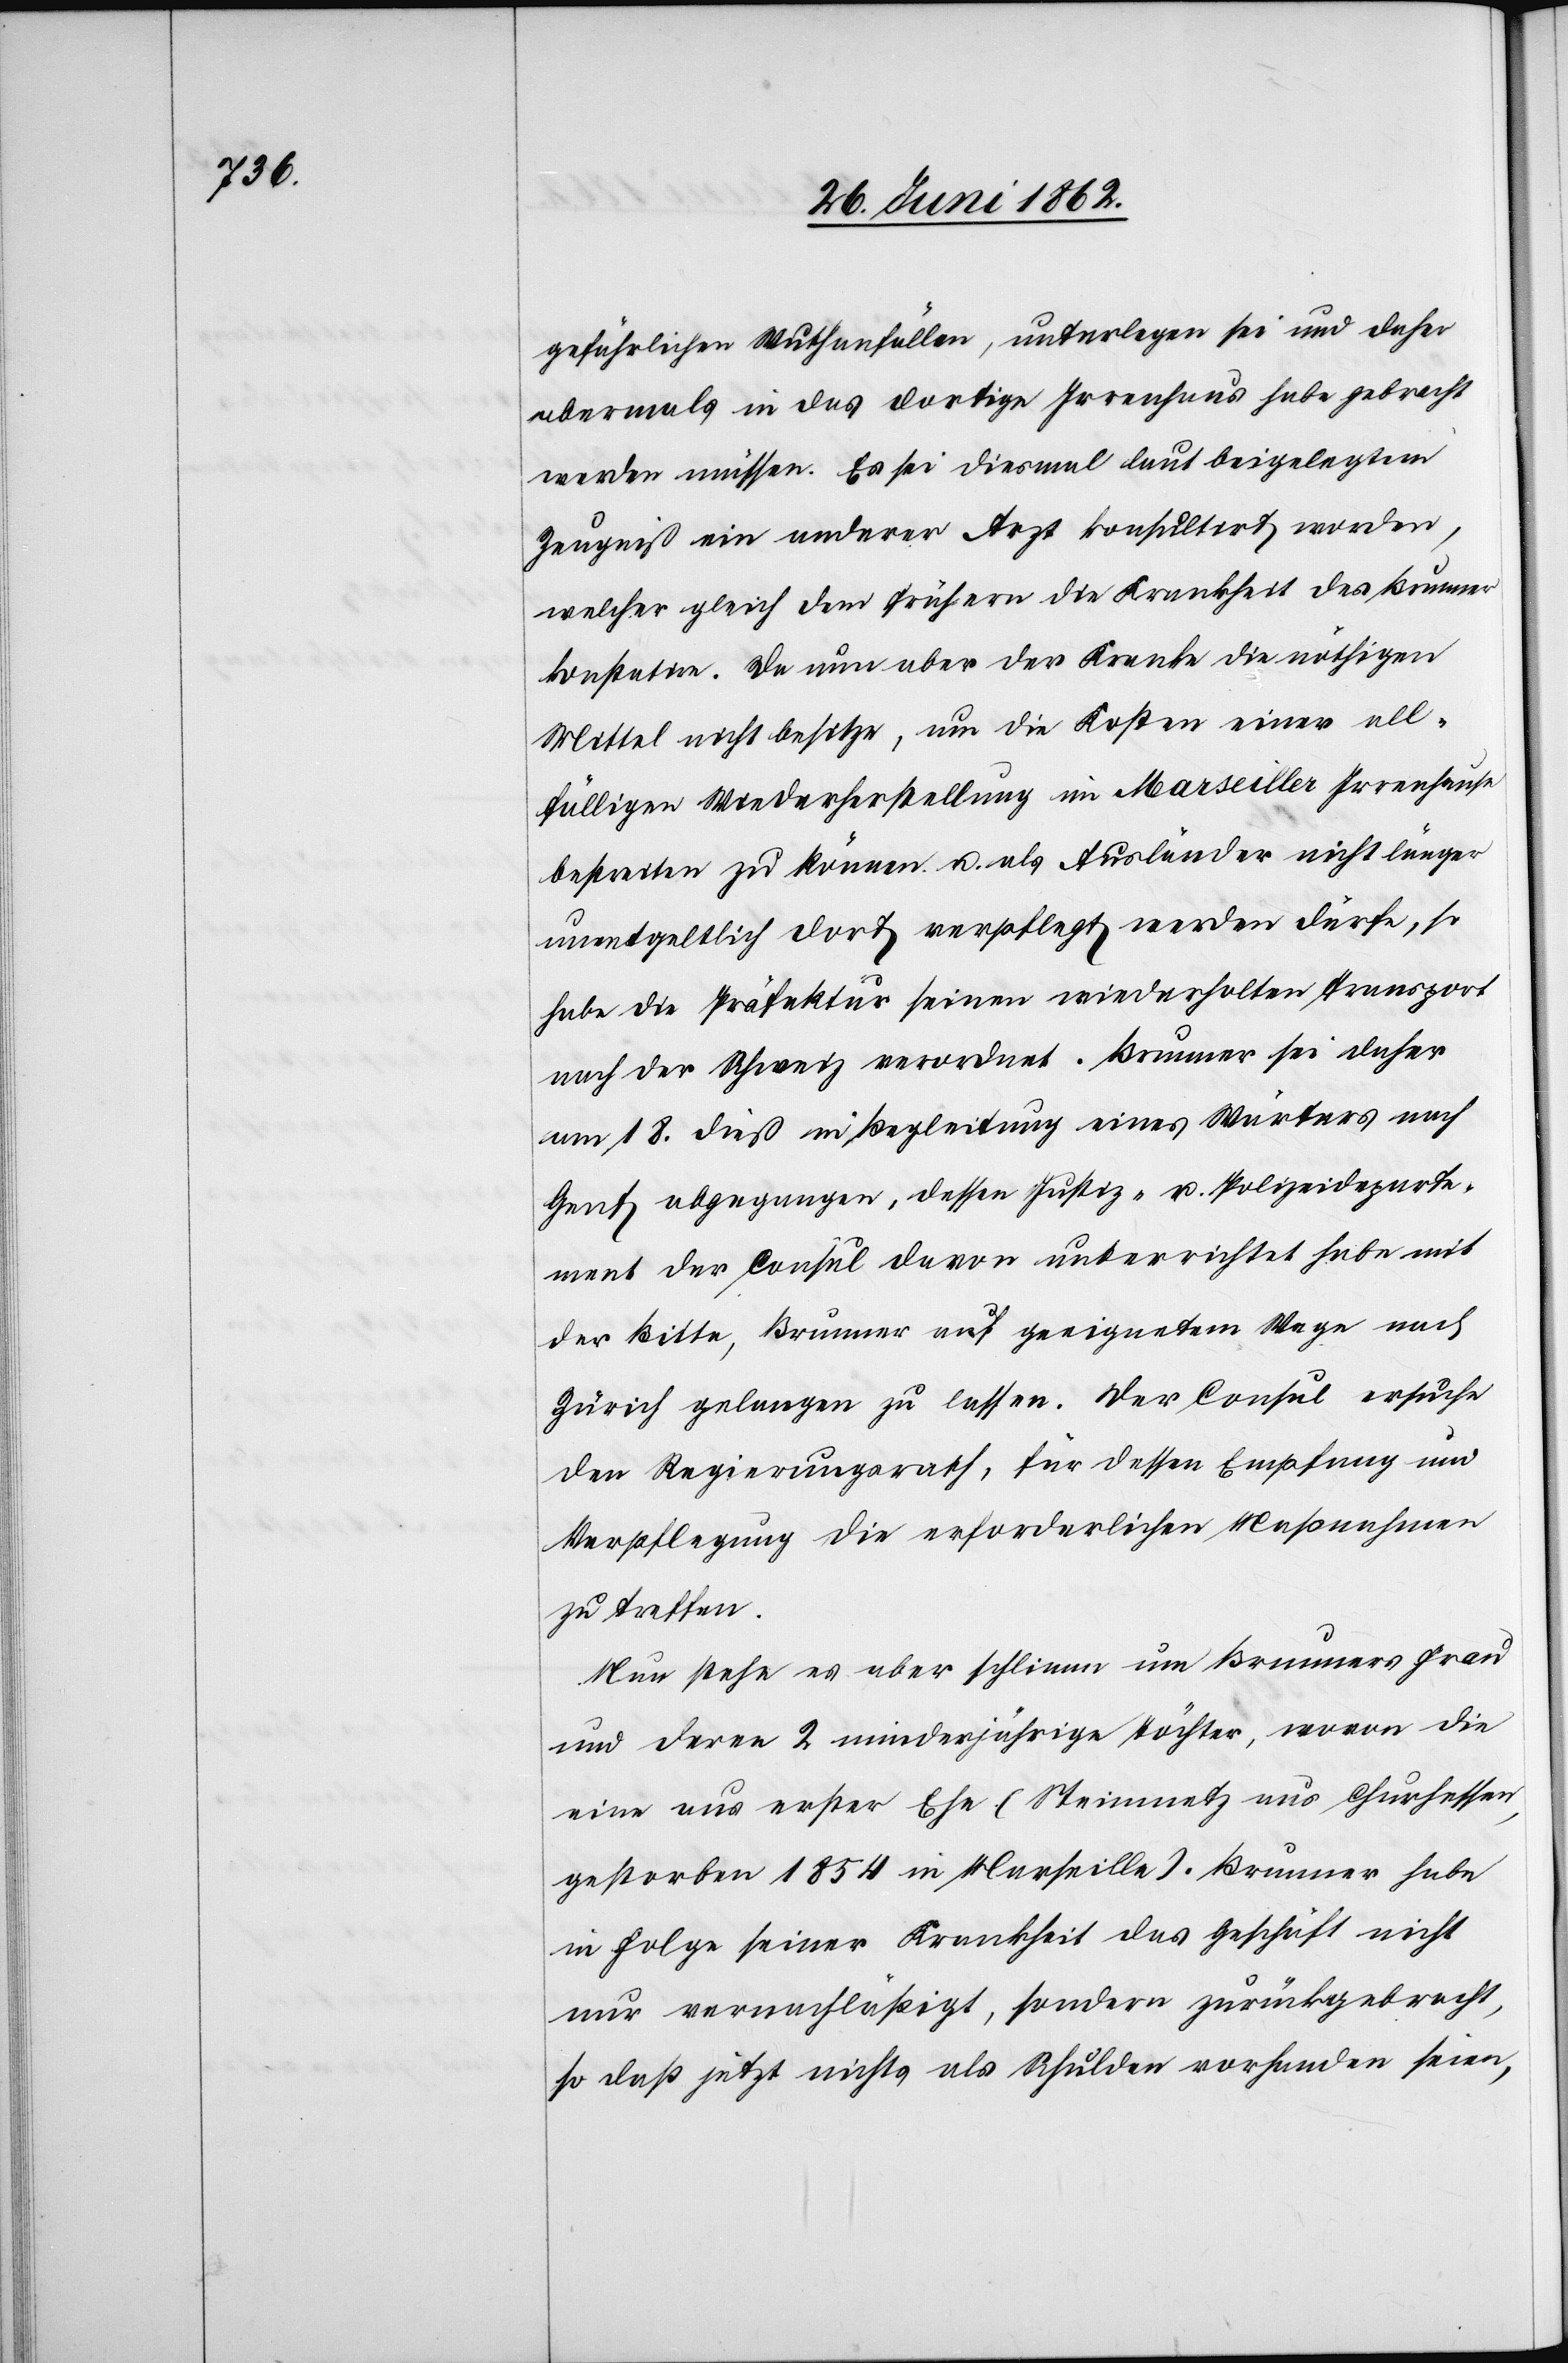
gefährlichen Wuthanfällen, unterlegen sei und daher
abermals in das dortige Irrenhaus habe gebracht
werden müssen. Es sei diesmal laut beigelegtem
Zeugniß ein anderer Arzt konsultirt worden,
welcher gleich dem frühern die Krankheit des Brunner
konstatire. Da nun aber der Kranke die nöthigen
Mittel nicht besitze, um die Kosten einer all¬
fälligen Wiederherstellung im Marseiller Irrenhause
bestreiten zu können u. als Ausländer nicht länger
unentgeltlich dort verpflegt werden dürfe, so
habe die Präfektur seinen wiederholten Transport
nach der Schweiz verordnet. Brunner sei daher
am 18. dieß in Begleitung eines Wärters nach
Genf abgegangen, dessen Justiz- u. Polizeideparte¬
ment der Consul davon unterrichtet habe mit
der Bitte, Brunner auf geeignetem Wege nach
Zürich gelangen zu lassen. Der Consul ersuche
den Regierungsrath, für dessen Empfang und
Verpflegung die erforderlichen Maßnahmen
zu treffen.
Nun stehe es aber schlimm um Brunners Frau
und deren 2 minderjährige Töchter, wovon die
eine aus erster Ehe (Steinmetz aus Churhessen,
gestorben 1854 in Marseille). Brunner habe
in Folge seiner Krankheit das Geschäft nicht
nur vernachläßigt, sondern zurückgebracht,
so daß jetzt nichts als Schulden vorhanden seien,